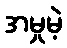
အမှုမဲ့